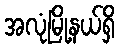
အလုံမြို့နယ်ရှိ